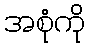
အစုံကို